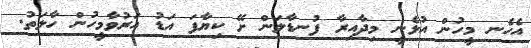
އެހެނ މީހުން އުޅެނީ މިދާއިރާ ފުނޑާލަން ށޭ ކިޔާފަ އަޑު އަރުވާމީހުން ހާލަތު.